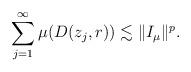
LaTeX: \begin{align*} \sum_{j=1}^\infty \mu(D(z_j,r)) \lesssim\|I_\mu\|^p.\end{align*}